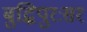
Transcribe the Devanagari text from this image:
बुद्धिपुरःसर